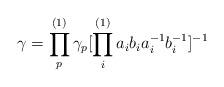
LaTeX: \begin{align*}\gamma =\prod_p^{(1)}\gamma_p[\prod_i^{(1)}a_ib_ia_i^{-1}b_i^{-1}]^{-1}\end{align*}